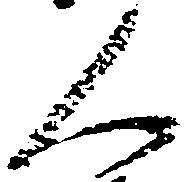
人